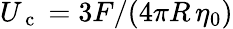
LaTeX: U_{\mathrm{~c~}}=3F/(4\pi R\, \eta_{0})